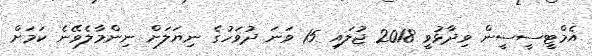
އެމްޓީސީސީން ވިދާޅުވީ 2018 ޖުލައި 15 ވަނަ ދުވަހުގެ ނިޔަލަށް ނިންމާލެވޭނެ ކަމަށް